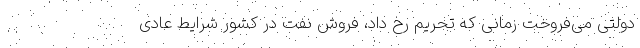
دولتی می‌فروخت زمانی که تحریم‌ رخ داد، فروش نفت در کشور شرایط عادی